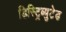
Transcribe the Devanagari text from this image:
डिस्ट्रिब्युटेड